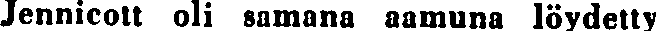
Jennicott oli samana aamuna löydetty